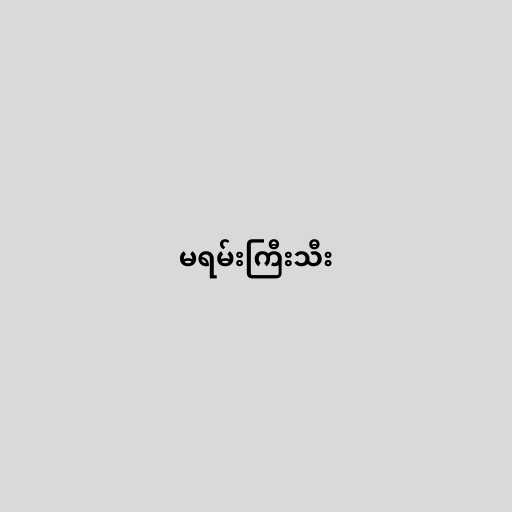
မရမ်းကြီးသီး